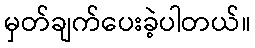
မှတ်ချက်ပေးခဲ့ပါတယ်။